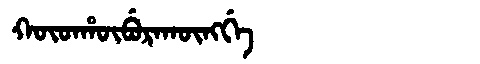
Manchu: ᡴᡡᡨᡥᡡᠪᡠᡵᠠᡴᡡᠩᡤᡝ
Romanization: KŪTHŪBURAKŪNGGE